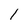
Character: l